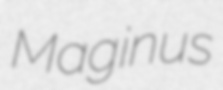
Maginus